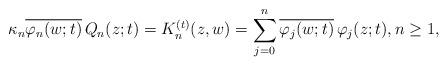
LaTeX: \begin{align*} \kappa_{n} \overline{\varphi_{n}(w;t)}\, Q_{n}(z; t) = K_{n}^{(t)}(z,w) = \sum_{j=0}^{n} \overline{\varphi_{j}(w;t)} \,\varphi_{j}(z;t), n \geq 1,\end{align*}